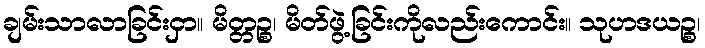
ချမ်းသာလာခြင်းငှာ။ မိတ္တဉ္စ၊ မိတ်ဖွဲ့ခြင်းကိုလည်းကောင်း။ သုဟဒယဉ္စ၊